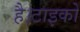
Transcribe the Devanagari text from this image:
है।टाइको